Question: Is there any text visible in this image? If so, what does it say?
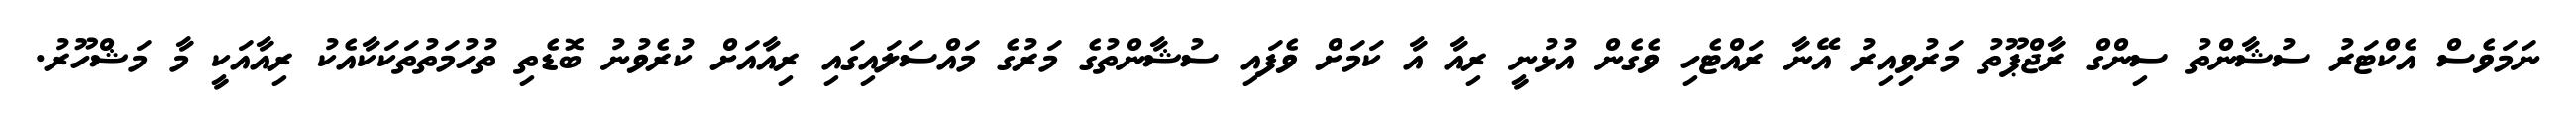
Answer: ނަމަވެސް އެކްޓަރު ސުޝާންތު ސިންގް ރާޖްޕޫތު މަރުވިއިރު އޭނާ ރައްޓެހި ވެގެން އުޅުނީ ރިއާ އާ ކަމަށް ވެފައި ސުޝާންތުގެ މަރުގެ މައްސަލައިގައި ރިއާއަށް ކުރެވުނު ބޮޑެތި ތުހުމަތުތަކަކާއެކު ރިއާއަކީ މާ މަޝްހޫރު.